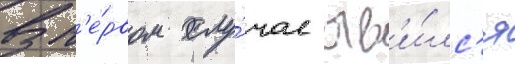
В п'е́рвом слу́чае яв'и́лс'я